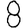
Digit: 8